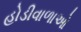
હોડીવાળાઓ